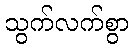
သွက်လက်စွာ